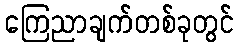
ကြေညာချက်တစ်ခုတွင်